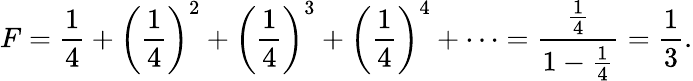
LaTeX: F={\frac{1}{4}}+\left({\frac{1}{4}}\right)^{2}+\left({\frac{1}{4}}\right)^{3}+\left({\frac{1}{4}}\right)^{4}+\cdots={\frac{\frac{1}{4}}{1-{\frac{1}{4}}}}={\frac{1}{3}}.